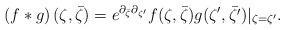
LaTeX: \begin{align*}\left( f * g \right)(\zeta, \bar{\zeta})=e^{\partial_{{\bar \zeta}}\partial_{{\zeta^\prime}}} f(\zeta, \bar{\zeta})g(\zeta^{\prime}, \bar{\zeta^\prime}) |_{\zeta =\zeta^{\prime}}.\end{align*}